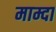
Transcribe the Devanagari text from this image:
माम्दा